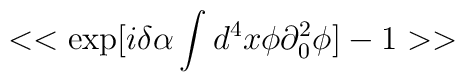
<<\exp [i\delta \alpha \int d^{4}x\phi \partial ^{2}_{0}\phi ]-1>>